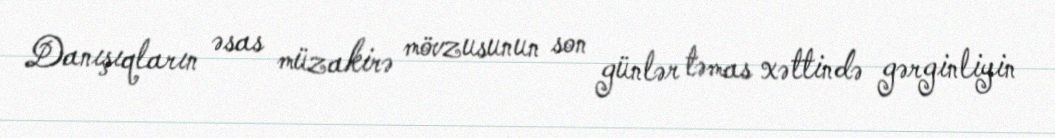
Danışıqların əsas müzakirə mövzusunun son günlər təmas xəttində gərginliyin